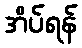
အိပ်ရန်